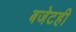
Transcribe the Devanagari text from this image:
बजेटही